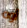
أوه